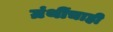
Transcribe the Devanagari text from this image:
ग्रंथींचाही